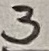
Text: 3